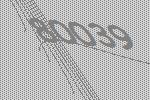
80039